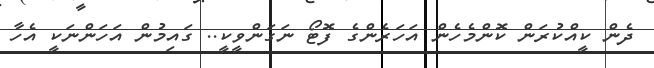
ދެން ކީއްކުރަން ކޮންމެހެން އަހަރެންގެ ފޮޓޯ ނަގަންވީކީ.. ގައިމުން އަހަންނަކީ އެހާ